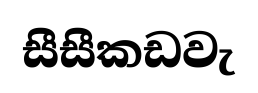
සීසීකඩවැ